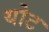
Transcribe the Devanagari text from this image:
योट